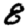
Digit: 8